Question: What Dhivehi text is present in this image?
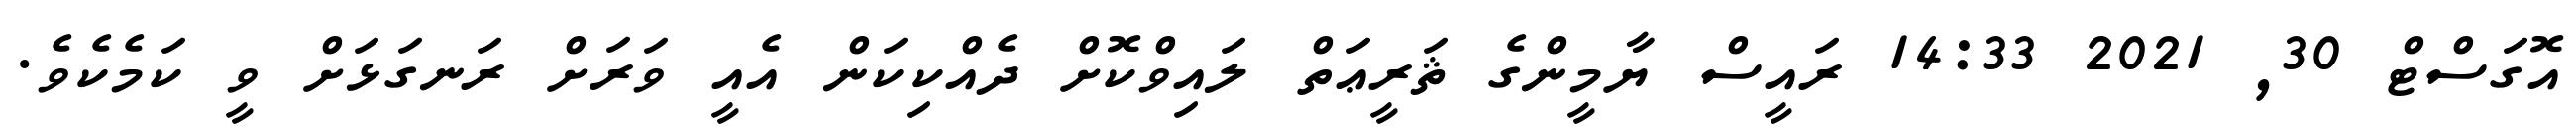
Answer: އޮގަސްޓް 30, 2021 14:33 ރައީސް ޔާމީންގެ ޘަރީޢަތް ލައިވްކޮށް ދެއްކިކަން އެއީ ވަރަށް ރަނގަޅަށް ވީ ކަމެކެވެ.